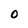
Character: O